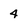
Character: 4